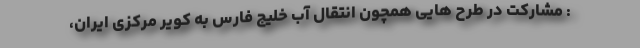
: مشارکت در طرح هایی همچون انتقال آب خلیج فارس به کویر مرکزی ایران،